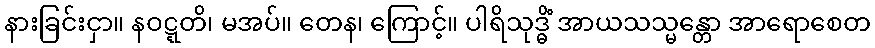
နားခြင်းငှာ။ နဝဋ္ဋတိ၊ မအပ်။ တေန၊ ကြောင့်။ ပါရိသုဒ္ဓိံ အာယသသ္မန္တော အာရောစေတ